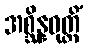
အစ္ဆိန္နဝုတ္တိံ